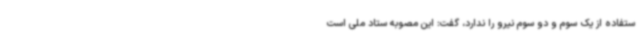
ستفاده از یک سوم و دو سوم نیرو را ندارد، گفت: این مصوبه ستاد ملی است